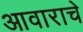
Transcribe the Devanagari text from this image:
आवाराचे